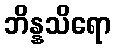
ဘိန္နသိရော